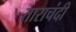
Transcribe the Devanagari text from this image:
ताराचंदी